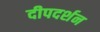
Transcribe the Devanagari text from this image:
दीपदर्शन